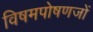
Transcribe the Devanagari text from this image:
विषमपोषणजों